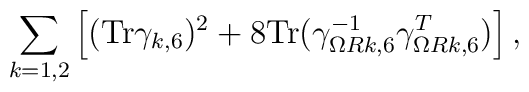
\sum_{k=1,2}\left[({\rm Tr}\gamma_{k,6})^2 + 8{\rm Tr}(\gamma^{-1}_{\Omega Rk,6}\gamma^T_{\Omega Rk,6})\right],